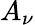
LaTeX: A_{\nu}